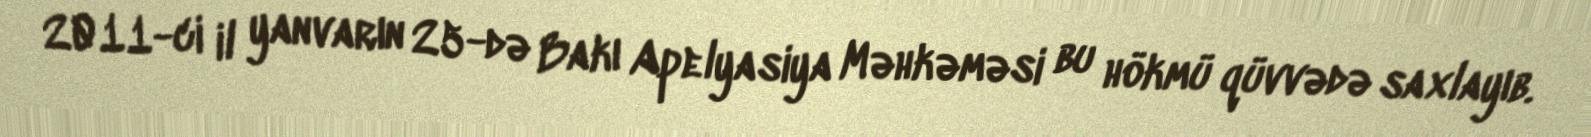
2011-ci il yanvarın 25-də Bakı Apelyasiya Məhkəməsi bu hökmü qüvvədə saxlayıb.